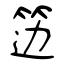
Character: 笾